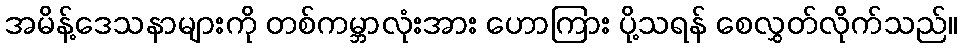
အမိန့်ဒေသနာများကို တစ်ကမ္ဘာလုံးအား ဟောကြား ပို့သရန် စေလွှတ်လိုက်သည်။